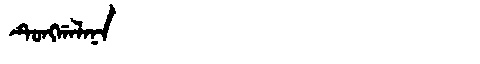
Manchu: ᡨᡠᠩᡤᠠᠯᠠᠨᠠ
Romanization: TUNGGALANA